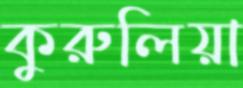
কুরুলিয়া